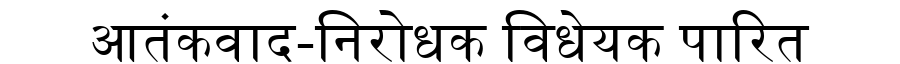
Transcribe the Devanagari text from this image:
आतंकवाद-निरोधक विधेयक पारित